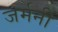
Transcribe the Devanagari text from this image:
जर्मनी